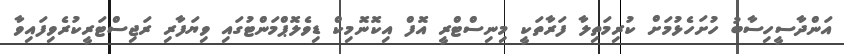
އަންދާސީހިސާބު ހުށަހެޅުމަށް ކުރިމަތިލާ ފަރާތަކީ މިނިސްޓްރީ އޮފް އިކޮނޮމިކް ޑިވެލޮޕްމަންޓުގައި ވިޔަފާރި ރަޖިސްޓަރީކުރެވިފައިވާ